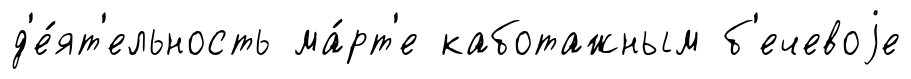
д'е́ят'ельность ма́рт'е каботажным б'ечевоjе